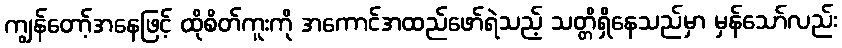
ကျွန်တော့်အနေဖြင့် ထိုစိတ်ကူးကို အကောင်အထည်ဖော်ရဲသည့် သတ္တိရှိနေသည်မှာ မှန်သော်လည်း